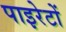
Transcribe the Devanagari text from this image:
पाइरेटों